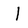
Character: I